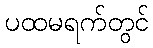
ပထမရက်တွင်